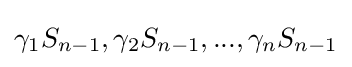
\gamma _{1}S_{n-1},\gamma _{2}S_{n-1},...,\gamma _{n}S_{n-1}